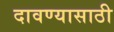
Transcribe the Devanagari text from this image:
दावण्यासाठी